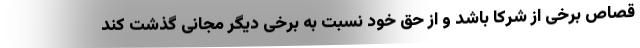
قصاص برخی از شرکا باشد و از حق خود نسبت به برخی دیگر مجانی گذشت کند